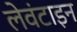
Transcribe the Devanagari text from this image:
लेवंटाइन